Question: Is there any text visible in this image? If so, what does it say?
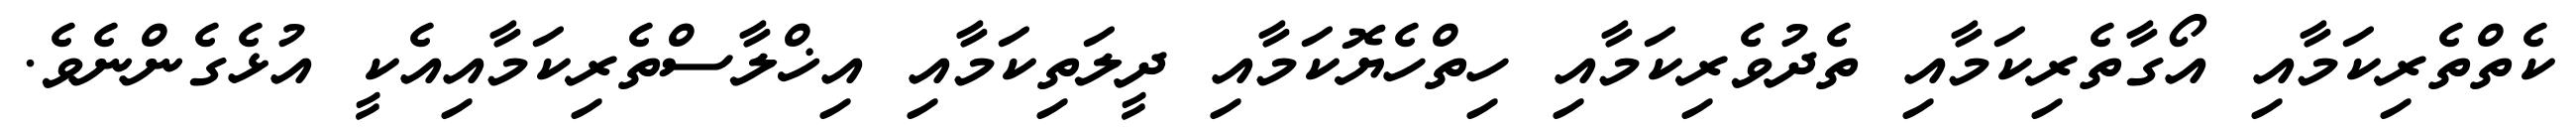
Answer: ކެތްތެރިކަމާއި އޯގާތެރިކަމާއި ތެދުވެރިކަމާއި ހިތްހެޔޮކަމާއި ދީލަތިކަމާއި އިޚްލާސްތެރިކަމާއިއެކީ އުޅެގެންނެވެ.